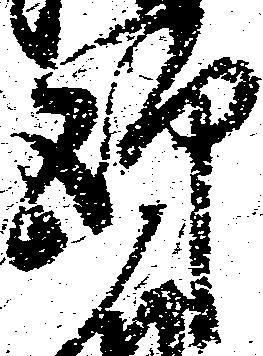
師